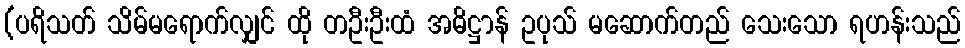
(ပရိသတ် သိမ်မရောက်လျှင် ထို တဦးဦးထံ အဓိဋ္ဌာန် ဥပုသ် မဆောက်တည် သေးသော ရဟန်းသည်